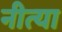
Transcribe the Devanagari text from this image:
नीत्या